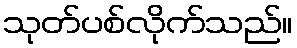
သုတ်ပစ်လိုက်သည်။